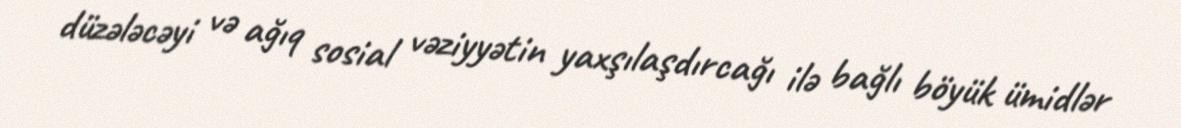
düzələcəyi və ağıq sosial vəziyyətin yaxşılaşdırcağı ilə bağlı böyük ümidlər